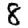
Digit: 8